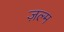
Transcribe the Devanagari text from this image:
ज़ल्म